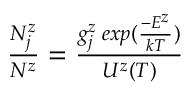
\begin{array} { r } { \frac { N _ { j } ^ { z } } { N ^ { z } } = \frac { g _ { j } ^ { z } \: e x p ( \frac { - E ^ { z } } { k T } ) } { U ^ { z } ( T ) } } \end{array}